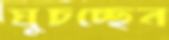
ঘুচচ্ছেন